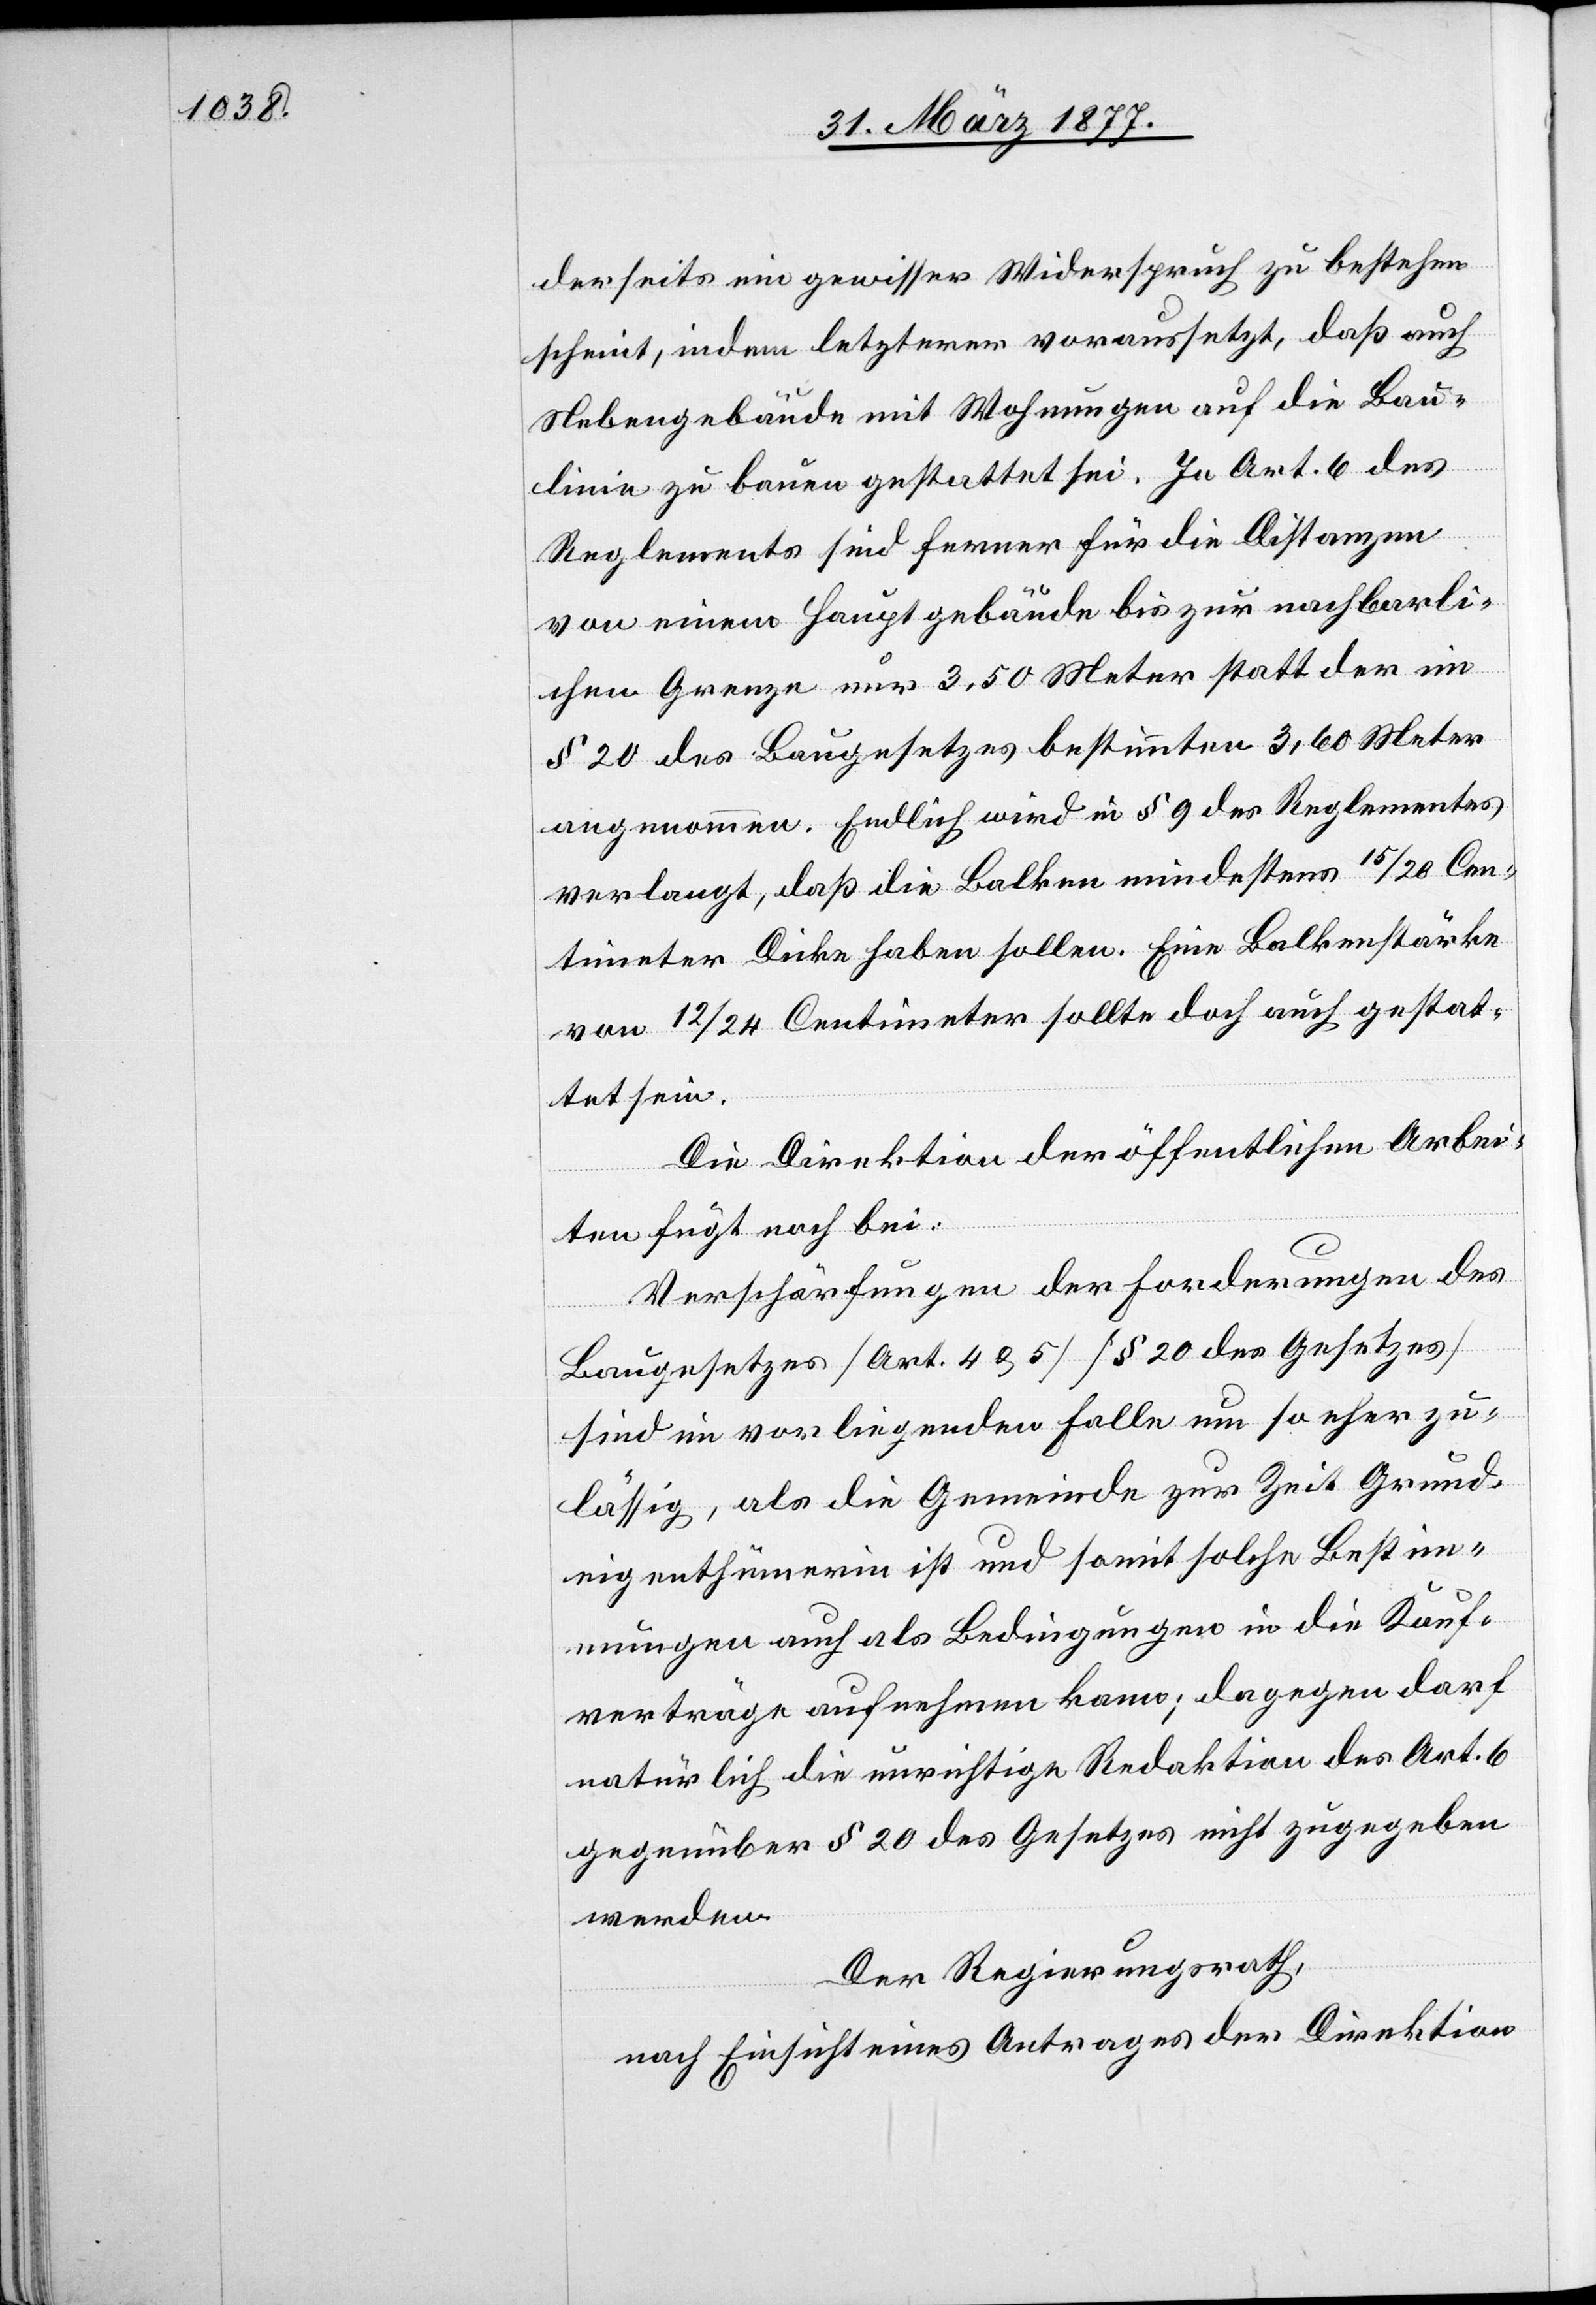
derseits ein gewisser Widerspruch zu bestehen
scheint, indem letzterer voraussetzt, daß auch
Nebengebäude, mit Wohnungen auf die Bau¬
linie zu bauen gestattet sei. In Art. 6 des
Reglements sind ferner für die Distanzen
von einem Hauptgebäude bis zur nachbarli¬
chen Grenze nur 3,50 Meter statt der im
§ 20 des Baugesetzes bestimmten 3,60 Meter
angenommen. Endlich wird in § 9 des Reglements
verlangt, daß die Balken mindestens 15/20 Cen¬
timeter Dicke haben sollen. Eine Balkenstärke
von 12/24 Centimeter sollte doch auch gestat¬
tet sein.
Die Direktion der öffentlichen Arbei¬
ten fügt noch bei:
Verschärfungen der Forderungen des
Baugesetzes [Art. 4 & 5] [§ 20 des Gesetzes]
sind im vorliegenden Falle um so eher zu¬
lässig, als die Gemeinde zur Zeit Grund¬
eigenthümerin ist und somit solche Bestim¬
mungen auch als Bedingungen in die Kauf¬
verträge aufnehmen kann; dagegen darf
natürlich die unrichtige Redaktion des Art. 6
gegenüber § 20 des Gesetzes nicht zugegeben
werden.
Der Regierungsrath,
nach Einsicht eines Antrages der Direktion